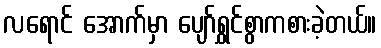
လရောင် အောက်မှာ ပျော်ရွှင်စွာကစားခဲ့တယ်။